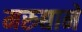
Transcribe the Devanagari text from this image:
मरुद्याने